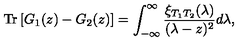
\mathrm { T r } \left[ G _ { 1 } ( z ) - G _ { 2 } ( z ) \right] = \int _ { - \infty } ^ { \infty } \frac { \xi _ { T _ { 1 } T _ { 2 } } ( \lambda ) } { ( \lambda - z ) ^ { 2 } } d \lambda ,